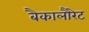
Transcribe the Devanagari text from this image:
बैकालौरेट